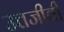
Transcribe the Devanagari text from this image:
उत्तजीवी